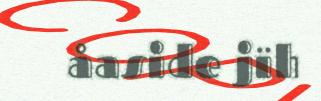
åaside jïh